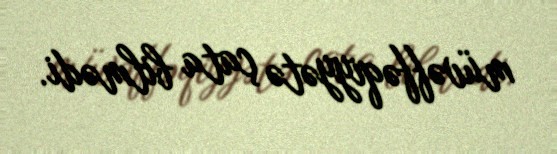
müvəffəqiyyətə çata bilmədi.